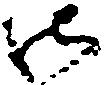
御